Report of the Bombay Plague Committee
Disease focus: Plague
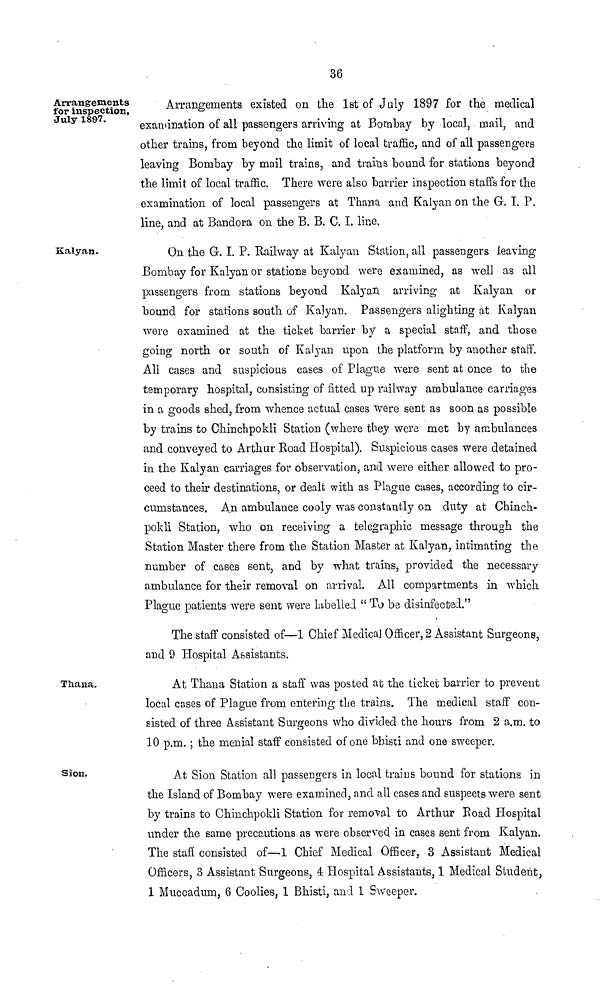
36
Arrangements
for inspection,
July 1897.
Arrangements existed on the 1st of July 1897 for the medical
examination of all passengers arriving at Bombay by local, mail, and
other trains, from beyond the limit of local traffic, and of all passengers
leaving Bombay by mail trains, and trains bound for stations beyond
the limit of local traffic. There were also barrier inspection staffs for the
examination of local passengers at Thana and Kalyan on the G. I. P.
line, and at Bandora on the B. B. C. I. line.
Kalyan.
On the G. I. P. Railway at Kalyan Station, all passengers leaving
Bombay for Kalyan or stations beyond were examined, as well as all
passengers from stations beyond Kalyan. arriving at Kalyan or
bound for stations south of Kalyan. Passengers alighting at Kalyan
wore examined at the ticket barrier by a special staff, and those
going north or south of Kalyan upon the platform by another staff.
All cases and suspicious cases of Plague were sent at once to the
temporary hospital, consisting of fitted up railway ambulance carriages
in a goods shed, from whence actual cases were sent as soon as possible
by trains to Chinchpokli Station (where they were met by ambulances
and conveyed to Arthur Road Hospital). Suspicious cases were detained
in the Kalyan carriages for observation, and were either allowed to pro-
ceed to their destinations, or dealt with as Plague cases, according to cir-
cumstances. An ambulance cooly was constantly on duty at Chinch-
pokli Station, who on receiving a telegraphic message through the
Station Master there from the Station Master at Kalyan, intimating the
number of cases sent, and by what trains, provided the necessary
ambulance for their removal on arrival. All compartments in which
Plague patients were sent were Labelled " To be disinfected."
The staff consisted of—1 Chief Medical Officer, 2 Assistant Surgeons,
and 9 Hospital Assistants.
Thana.
At Thana Station a staff was posted at the ticket barrier to prevent
local cases of Plague from entering the trains. The medical staff con-
sisted of three Assistant Surgeons who divided the hours from 2 a.m. to
10 p.m. ; the menial staff consisted of one bhisti and one sweeper.
Sion,
At Sion Station all passengers in local trains bound for stations in
the Island of Bombay were examined, and all cases and suspects were sent
by trains to Chinchpokli Station for removal to Arthur Road Hospital
under the same precautions as were observed in cases sent from Kalyan.
The staff consisted of—1 Chief Medical Officer, 3 Assistant Medical
Officers, 3 Assistant Surgeons, 4 Hospital Assistants, 1 Medical Student,
1 Muccadum, 6 Coolies, 1 Bhisti, and 1 Sweeper.